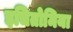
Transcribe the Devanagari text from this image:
इचितोमिया